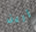
إرين